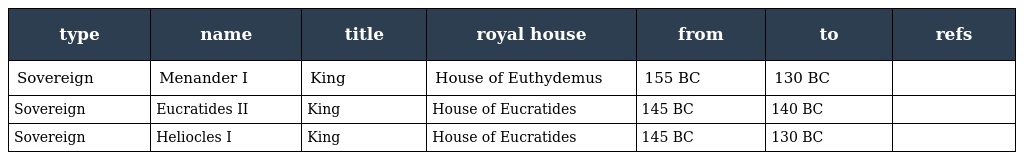
| type | name | title | royal house | from | to | refs |
 | --- | --- | --- | --- | --- | --- | --- |
 | Sovereign | Menander I | King | House of Euthydemus | 155 BC | 130 BC |  |
 | Sovereign | Eucratides II | King | House of Eucratides | 145 BC | 140 BC |  |
 | Sovereign | Heliocles I | King | House of Eucratides | 145 BC | 130 BC |  |